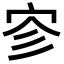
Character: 𪧉